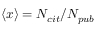
\left\langle { x } \right\rangle = N _ { c i t } / N _ { p u b }